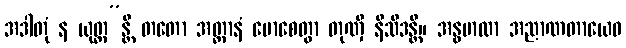
အဒါတုံ န ယုတ္တ”န္တိ တတော အတ္တာနံ မောစေတွာ တုဏှီ နိသီဒန္တိ။ အန္ဓဗာလာ အညာဏတာယေဝ